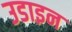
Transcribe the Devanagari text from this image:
उडाइन